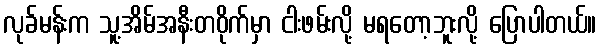
လုခ်မန်းက သူ့အိမ်အနီးတဝိုက်မှာ ငါးဖမ်းလို့ မရတော့ဘူးလို့ ပြောပါတယ်။